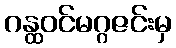
ဂန္ထဝင်မဂ္ဂဇင်းမှ